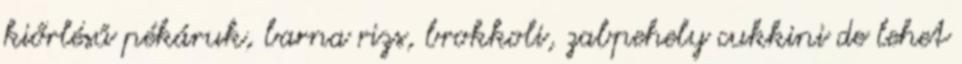
kiőrlésű pékáruk, barna rizs, brokkoli, zabpehely cukkini de lehet